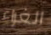
الغراء